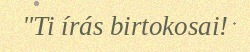
"Ti írás birtokosai!